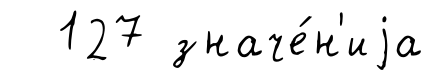
127 значе́н'иjа